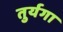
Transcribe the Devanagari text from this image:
तुर्यगा